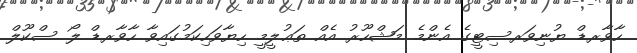
ހާވާރޑް ޔުނިވަރސިޓީގެ އެންމެ މަޝްހޫރު އެއް ތަޢުލީމީ ހިޔާވަހިކަމުގައިވާ ހާވާރޑް ލޯ ސްކޫލް